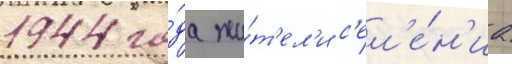
1944 го́да жи́т'ел'и с'ел'е́н'иа